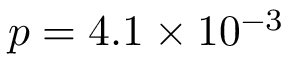
p = 4 . 1 \times 1 0 ^ { - 3 }